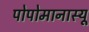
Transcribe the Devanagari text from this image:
पोपोमानास्यू